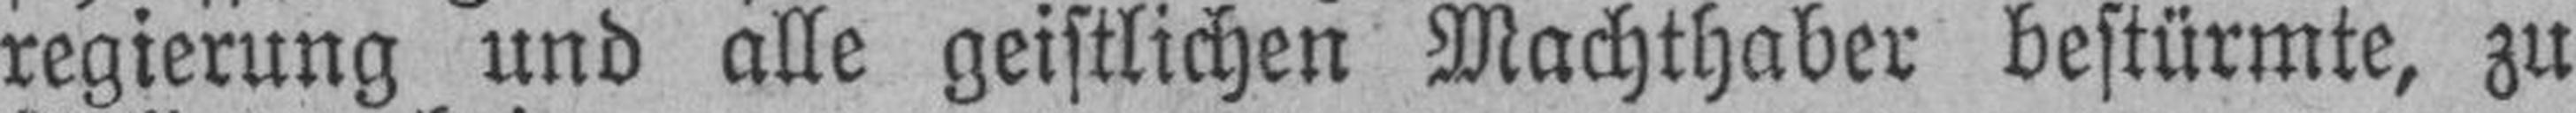
regierung und alle geistlichen Machthaber bestürmte, zu